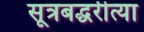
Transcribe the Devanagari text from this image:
सूत्रबद्धरीत्या